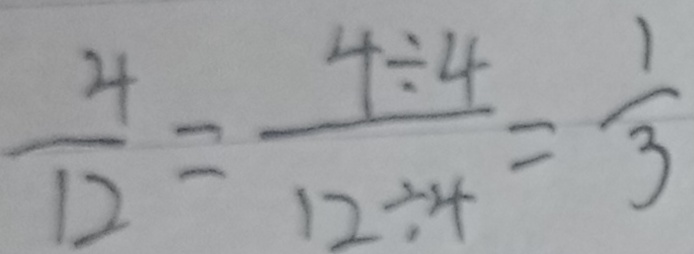
\frac { 4 } { 1 2 } = \frac { 4 \div 4 } { 1 2 \div 4 } = \frac { 1 } { 3 }